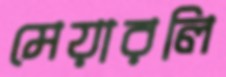
মেয়ারলি